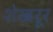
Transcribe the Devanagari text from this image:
शेखरूर